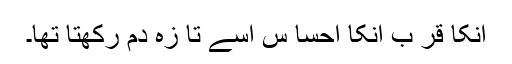
انکا قر ب انکا احسا س اسے تا زہ دم رکھتا تھا۔